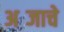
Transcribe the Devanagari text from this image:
अब्जाचे